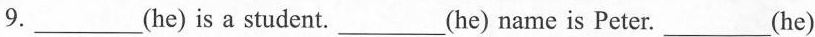
9.___(he)is a student.____(he) name is Peter.___(he)